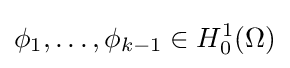
\phi _{1},\dots ,\phi _{k-1}\in H_{0}^{1}(\Omega )